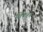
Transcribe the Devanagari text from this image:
लिकहर